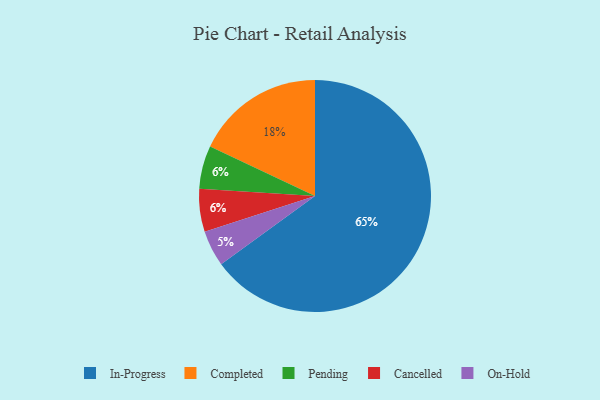
{"axis": {"x": "Category", "y": "Percentage"}, "legend": ["Cancelled", "Completed", "In-Progress", "On-Hold", "Pending"], "data": [{"x": "Pending", "y": 6, "type": "Pending"}, {"x": "In-Progress", "y": 65, "type": "In-Progress"}, {"x": "On-Hold", "y": 5, "type": "On-Hold"}, {"x": "Cancelled", "y": 6, "type": "Cancelled"}, {"x": "Completed", "y": 18, "type": "Completed"}]}